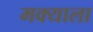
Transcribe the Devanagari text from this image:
मक्याला